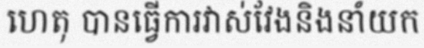
ហេតុ បានធ្វើការវាស់វែងនិងនាំយក